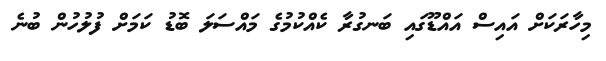
މިހާރަކަށް އައިސް އައްޑޫގައި ބަނގުރާ ކެއްކުމުގެ މައްސަލަ ބޮޑު ކަމަށް ފުލުހުން ބުނެ